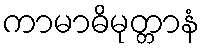
ကာမာဓိမုတ္တာနံ